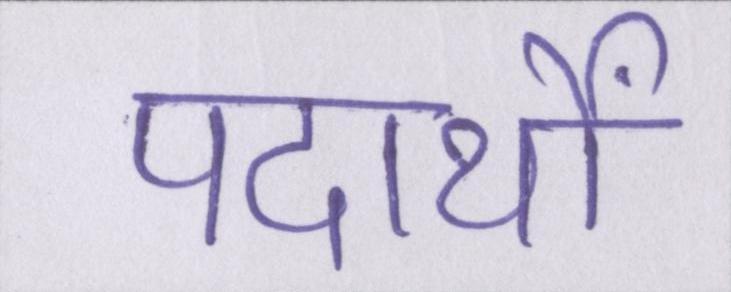
पदार्थों